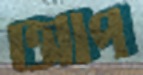
আপ